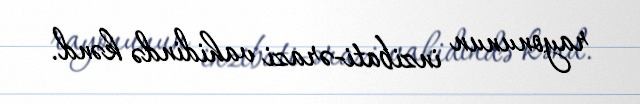
rayonunun inzibati-ərazi vahidində kənd.